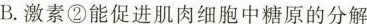
B.激素②能促进肌肉细胞中糖原的分解